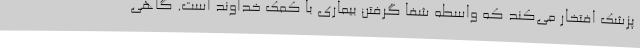
پزشک افتخار می‌کند که واسطه شفا گرفتن بیماری با کمک خداوند است. گاهی